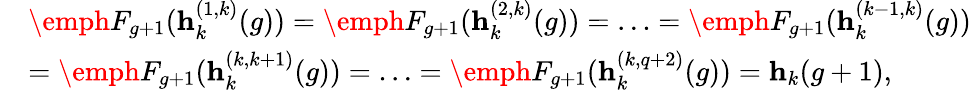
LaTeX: \begin{array}{rl}&{\emph{F}_{g+1}(\textbf{h}_{k}^{(1,k)}(g))=\emph{F}_{g+1}(\textbf{h}_{k}^{(2,k)}(g))=\ldots=\emph{F}_{g+1}(\textbf{h}_{k}^{(k-1,k)}(g))}\\ &{=\emph{F}_{g+1}(\textbf{h}_{k}^{(k,k+1)}(g))=\ldots=\emph{F}_{g+1}(\textbf{h}_{k}^{(k,q+2)}(g))=\textbf{h}_{k}(g+1),}\end{array}